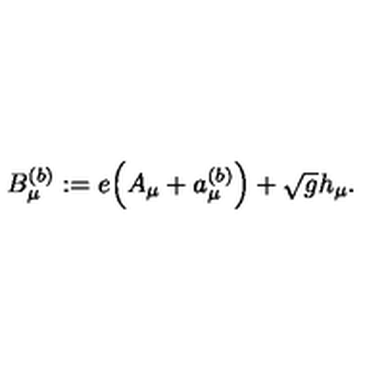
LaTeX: B _ { \mu } ^ { ( b ) } : = e \Big ( A _ { \mu } + a _ { \mu } ^ { ( b ) } \Big ) + \sqrt { g } h _ { \mu } .